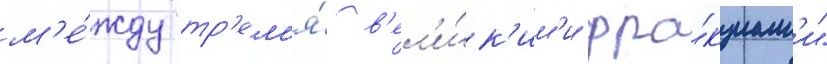
м'е́жду "тр'ем'я́ в'ел'и́к'им'и фра́кциам'и"